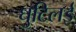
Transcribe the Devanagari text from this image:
घुटिलई